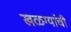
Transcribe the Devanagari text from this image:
खळग्यांची